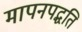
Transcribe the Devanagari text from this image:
मापनपद्धति